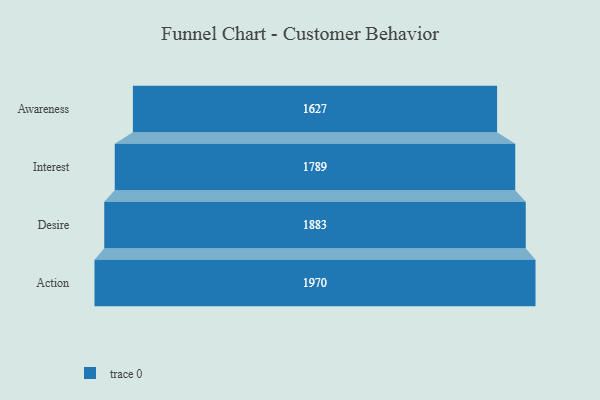
{"axis": {"x": "Stage", "y": "Value"}, "legend": [""], "data": [{"x": "Awareness", "y": 1627.0, "type": ""}, {"x": "Interest", "y": 1789.0, "type": ""}, {"x": "Desire", "y": 1883.0, "type": ""}, {"x": "Action", "y": 1970.0, "type": ""}]}